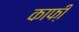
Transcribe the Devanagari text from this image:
काफी़